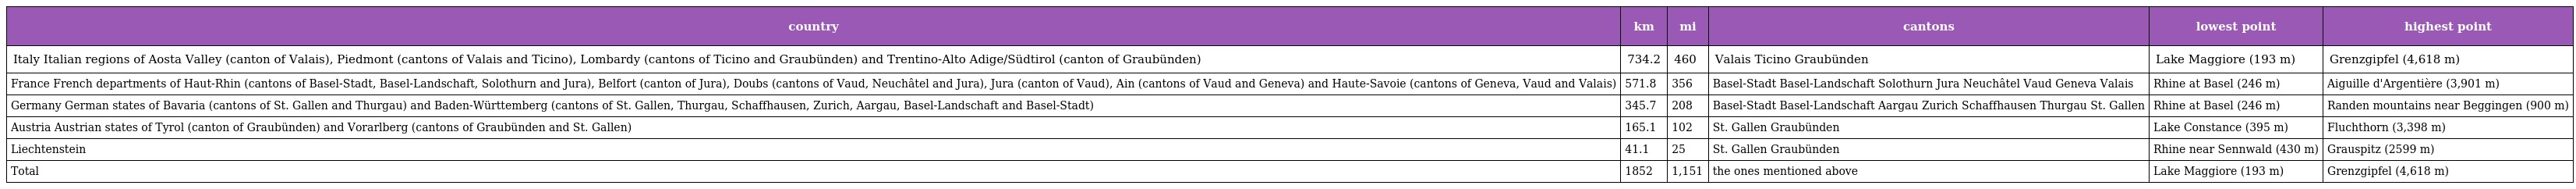
| country | km | mi | cantons | lowest point | highest point |
 | --- | --- | --- | --- | --- | --- |
 | Italy Italian regions of Aosta Valley (canton of Valais), Piedmont (cantons of Valais and Ticino), Lombardy (cantons of Ticino and Graubünden) and Trentino-Alto Adige/Südtirol (canton of Graubünden) | 734.2 | 460 | Valais Ticino Graubünden | Lake Maggiore (193 m) | Grenzgipfel (4,618 m) |
 | France French departments of Haut-Rhin (cantons of Basel-Stadt, Basel-Landschaft, Solothurn and Jura), Belfort (canton of Jura), Doubs (cantons of Vaud, Neuchâtel and Jura), Jura (canton of Vaud), Ain (cantons of Vaud and Geneva) and Haute-Savoie (cantons of Geneva, Vaud and Valais) | 571.8 | 356 | Basel-Stadt Basel-Landschaft Solothurn Jura Neuchâtel Vaud Geneva Valais | Rhine at Basel (246 m) | Aiguille d'Argentière (3,901 m) |
 | Germany German states of Bavaria (cantons of St. Gallen and Thurgau) and Baden-Württemberg (cantons of St. Gallen, Thurgau, Schaffhausen, Zurich, Aargau, Basel-Landschaft and Basel-Stadt) | 345.7 | 208 | Basel-Stadt Basel-Landschaft Aargau Zurich Schaffhausen Thurgau St. Gallen | Rhine at Basel (246 m) | Randen mountains near Beggingen (900 m) |
 | Austria Austrian states of Tyrol (canton of Graubünden) and Vorarlberg (cantons of Graubünden and St. Gallen) | 165.1 | 102 | St. Gallen Graubünden | Lake Constance (395 m) | Fluchthorn (3,398 m) |
 | Liechtenstein | 41.1 | 25 | St. Gallen Graubünden | Rhine near Sennwald (430 m) | Grauspitz (2599 m) |
 | Total | 1852 | 1,151 | the ones mentioned above | Lake Maggiore (193 m) | Grenzgipfel (4,618 m) |